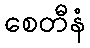
စေတီနံ